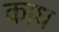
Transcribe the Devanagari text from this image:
काध